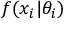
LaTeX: f ( x _ { i } | \theta _ { i } )